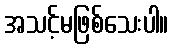
အသင့်မဖြစ်သေးပါ။